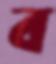
ব